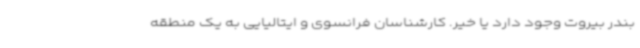
بندر بیروت وجود دارد یا خیر. کارشناسان فرانسوی و ایتالیایی به یک منطقه